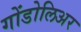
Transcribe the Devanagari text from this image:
गोंडोलिअर